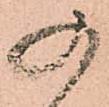
の